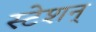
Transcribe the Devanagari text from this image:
स्टेशन्